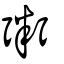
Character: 粥